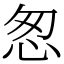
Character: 怱